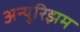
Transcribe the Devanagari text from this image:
अन्युरिझम